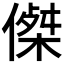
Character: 𠎀